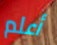
أعلم